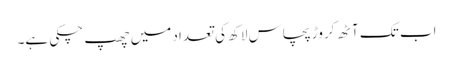
اب تک آٹھ کروڑ پچاس لاکھ کی تعداد میں چھپ چکی ہے۔